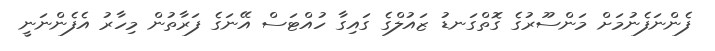
ފެންނަފެނުމަށް މަންސޫރުގެ ގޮތްގަނޑު ޒައުލްގެ ގައިގާ ހުއްޓަސް އޭނަގެ ފަރާތުން މިހާރު އެފެންނަނީ